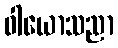
ဝါယောသညာ